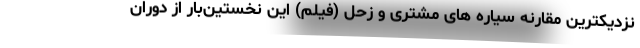
نزدیکترین مقارنه سیاره های مشتری و زحل (فیلم) این نخستین‌بار از دوران